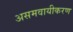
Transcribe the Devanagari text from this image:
असमवायीकरण